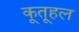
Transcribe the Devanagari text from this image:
कूतूहल